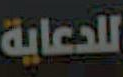
للدعاية